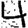
Digit: 4